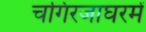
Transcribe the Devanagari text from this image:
चगिरजाघरमें